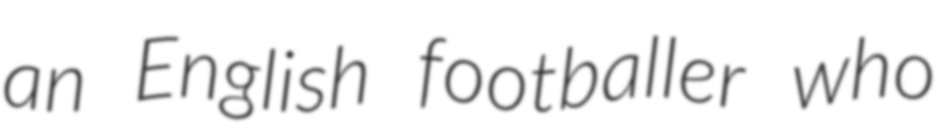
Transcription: an English footballer who